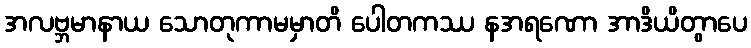
အလဗ္ဘမာနာယ သောတုကာမမှာတိ ပေါတကဿ နအရဏော အာဒိယိတွာပေ